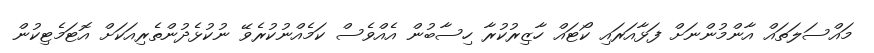
މައްސަލަތައް އާންމުންނަށް ފަޅާއަރައި ކޯޓައް ހާޒިރުކުރާ ހިސާބުން އެއްވެސް ކަމެއްނުކުރެވޭ ނުކުޅެދުންތެރިއަކަށް އޮޓަމެޓިކުން